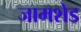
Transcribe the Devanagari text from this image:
जामशेड